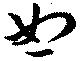
恕